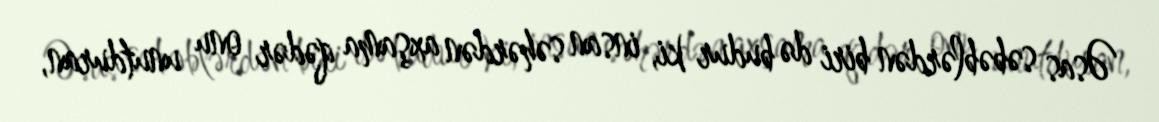
Əsas səbəblərdən biri də budur ki, insan səhərdən axşama qədər onu unutduran,